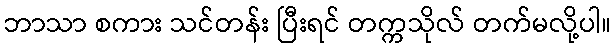
ဘာသာ စကား သင်တန်း ပြီးရင် တက္ကသိုလ် တက်မလို့ပါ။